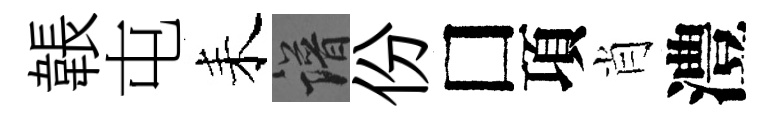
韔屯耒譜份□項肖澧